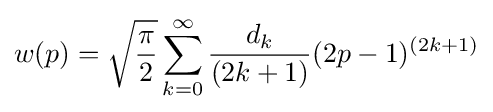
w(p)={\sqrt {\frac {\pi }{2}}}\sum _{k=0}^{\infty }{\frac {d_{k}}{(2k+1)}}(2p-1)^{(2k+1)}